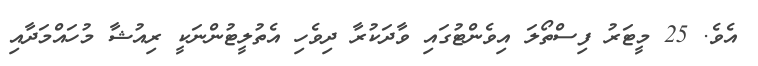
އެވެ. 25 މީޓަރު ފިސްތޯލަ އިވެންޓުގައި ވާދަކުރާ ދިވެހި އެތުލީޓުންނަކީ ރިއުޝާ މުހައްމަދާއި